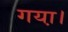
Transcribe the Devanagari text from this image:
गया़।